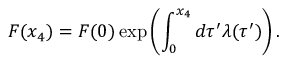
F ( x _ { 4 } ) = F ( 0 ) \exp \left( \int _ { 0 } ^ { x _ { 4 } } d \tau ^ { \prime } \lambda ( \tau ^ { \prime } ) \right) .